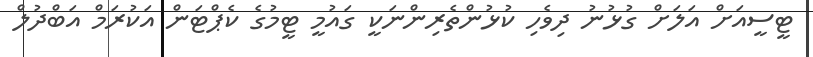
ޓީސީއަށް އަލަށް ގުޅުނު ދިވެހި ކުޅުންތެރިންނަކީ ގައުމީ ޓީމުގެ ކެޕްޓަން އަކުރަމް އަބްދުލް